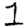
Digit: 1